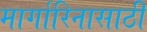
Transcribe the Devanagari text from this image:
मार्गारिनासाठी